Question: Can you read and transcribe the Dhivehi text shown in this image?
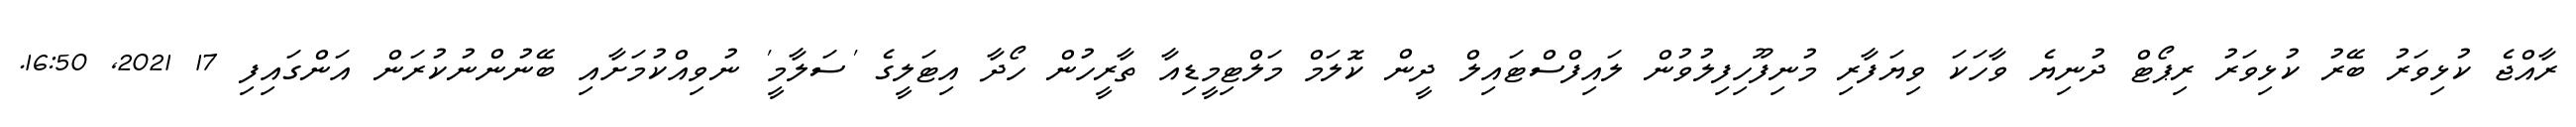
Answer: ރާއްޖެ ކުޅިވަރު ބޭރު ކުޅިވަރު ރިޕޯޓް ދުނިޔެ ވާހަކަ ވިޔަފާރި މުނިފޫހިފިލުވުން ލައިފްސްޓައިލް ދީން ކޮލަމް މަލްޓިމީޑިއާ ތާރީހުން ހޯދާ އިޓަލީގެ 'ސަލާމީ' ނުވިއްކުމަށާއި ބޭނުންނުކުރަން އަންގައިފި 17 2021, 16:50.